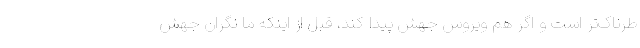
طرناک‌تر است و اگر هم ویروس جهش پیدا کند، قبل از اینکه ما نگران جهش